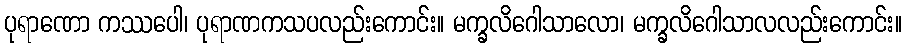
ပုရာဏော ကဿပေါ၊ ပုရာဏကသပလည်းကောင်း။ မက္ခလိဂေါသာလော၊ မက္ခလိဂေါသာလလည်းကောင်း။